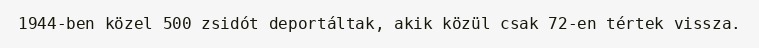
1944-ben közel 500 zsidót deportáltak, akik közül csak 72-en tértek vissza.